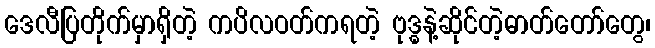
ဒေလီပြတိုက်မှာရှိတဲ့ ကပိလဝတ်ကရတဲ့ ဗုဒ္ဓနဲ့ဆိုင်တဲ့ဓာတ်တော်တွေ၊